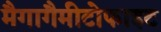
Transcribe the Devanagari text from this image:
मैगागैमीटोफाइट